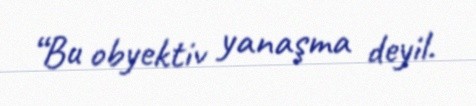
“Bu obyektiv yanaşma deyil.